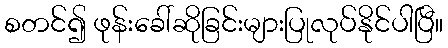
စတင်၍ ဖုန်းခေါ်ဆိုခြင်းများပြုလုပ်နိုင်ပါပြီ။